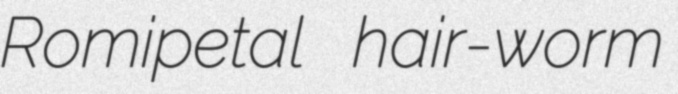
Romipetal hair-worm